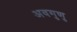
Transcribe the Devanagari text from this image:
अवगुणु